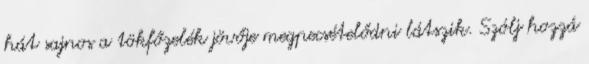
hát sajnos a tökfőzelék jövője megpecsételődni látszik. Szólj hozzá